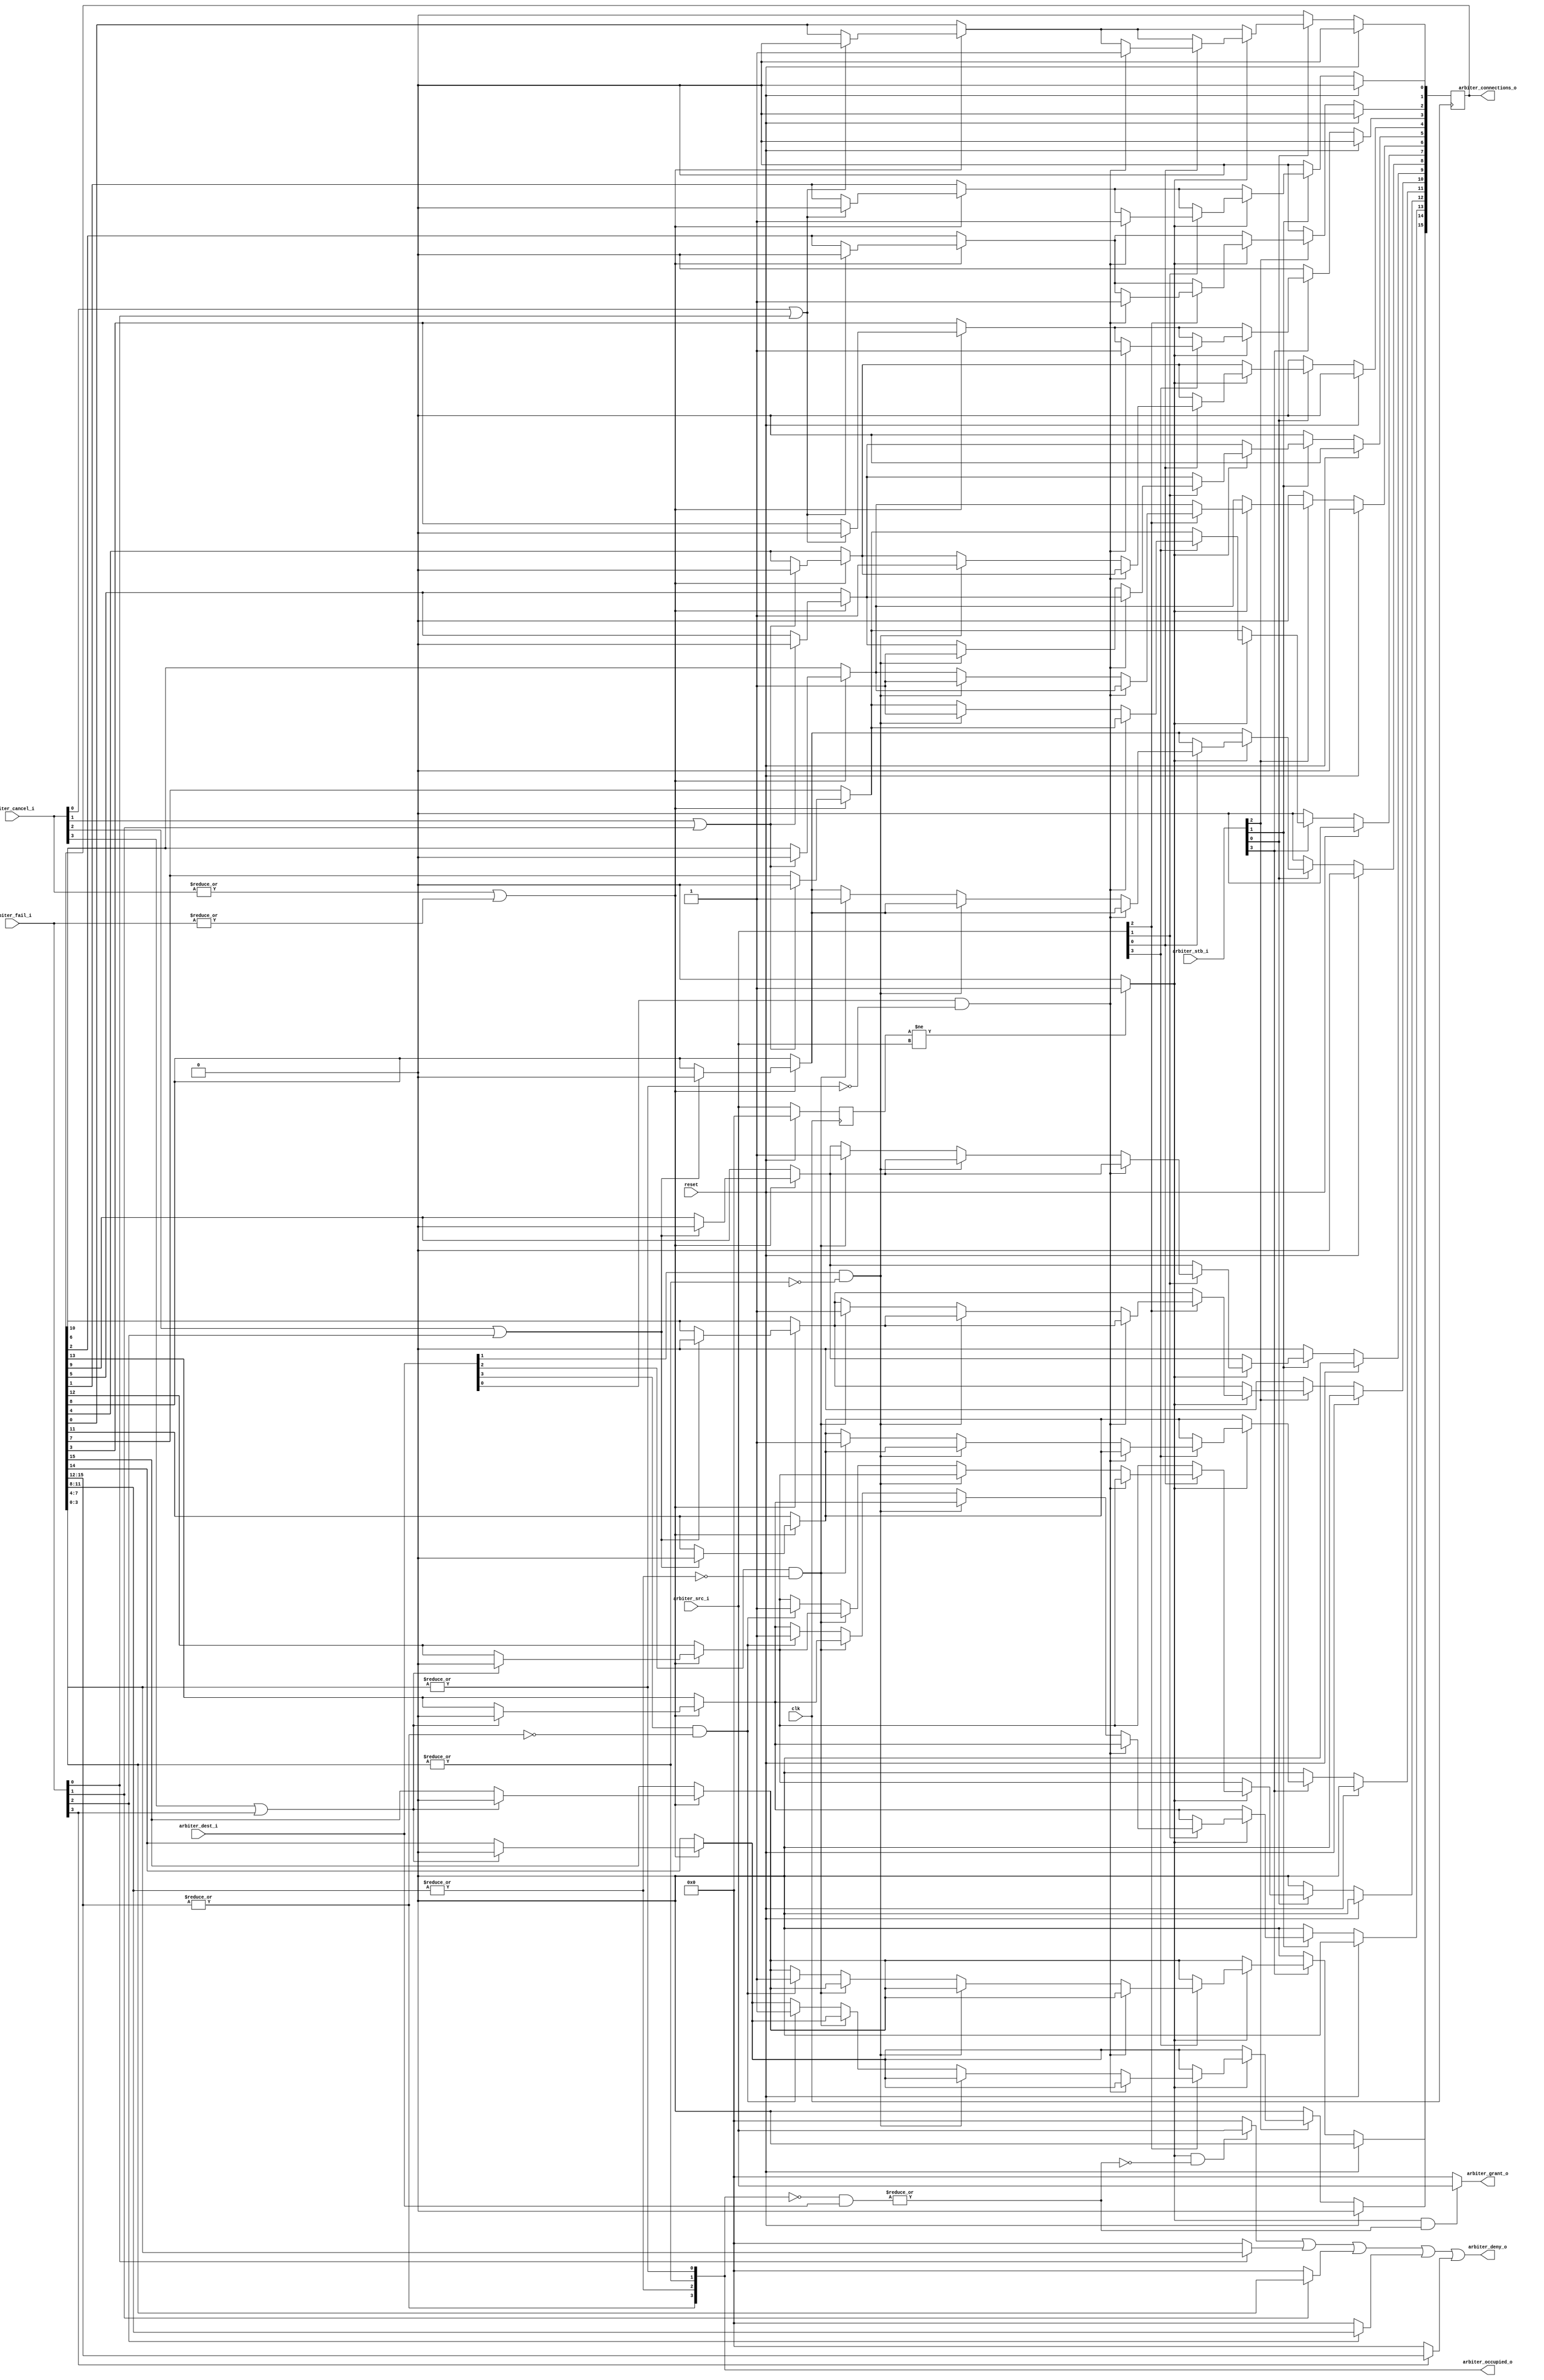
`timescale 1ns / 10ps
 
module Arbiter
#(parameter	CONNECTIONW=16,PORTS=4)
(
//Inputs
input						clk,
input						reset,
input	[PORTS-1:0]			arbiter_stb_i,//
input	[PORTS-1:0]			arbiter_src_i,// 
input	[PORTS-1:0]			arbiter_dest_i,//
input	[PORTS-1:0]			arbiter_fail_i,//
input	[PORTS-1:0]			arbiter_cancel_i,// 
//Outputs
output	[PORTS-1:0]			arbiter_grant_o, // 
output	[PORTS-1:0]			arbiter_deny_o, // 
output	[CONNECTIONW-1:0]	arbiter_connections_o,  //  
output	[PORTS-1:0]			arbiter_occupied_o // 

);

reg		[PORTS-1:0]			src_r;
reg		[CONNECTIONW-1:0]	connections_r;

wire	[PORTS-1:0]			grant_int;
wire	[PORTS-1:0]			deny_src_int;
wire	[PORTS-1:0]			deny_int;
wire	[PORTS-1:0]			occupied_int;
wire						src_change_int;


//GET SRC_R
always@(posedge clk)
	if(reset)
		src_r<={PORTS{1'b0}};
	else
		src_r<=arbiter_src_i;

		
//GENETATE CONNECTIONS_R

always@(posedge clk)
	if(reset)
		connections_r<={CONNECTIONW{1'b0}};
	else
		begin
			//
			if((|arbiter_cancel_i)||(|arbiter_fail_i))
				begin
					if(arbiter_cancel_i[0]||arbiter_fail_i[0])//00 0-40
						connections_r[3:0]<=4'b0;
					if(arbiter_cancel_i[1]||arbiter_fail_i[1])
						connections_r[7:4]<=4'b0;
					if(arbiter_cancel_i[2]||arbiter_fail_i[2])
						connections_r[11:8]<=4'b0;
					if(arbiter_cancel_i[3]||arbiter_fail_i[3])
						connections_r[15:12]<=4'b0;
				end 
			
			//src_change_int
			if(src_change_int)
				begin
					if(arbiter_src_i[0])//0
						begin
							if(arbiter_dest_i[0]&&!occupied_int[0])//000connection 0 1
								connections_r[0]<=1'b1;
							else if(arbiter_dest_i[1]&&!occupied_int[1])//011connection 1 1
								connections_r[4]<=1'b1;
							else if(arbiter_dest_i[2]&&!occupied_int[2])
								connections_r[8]<=1'b1;
							else if(arbiter_dest_i[3]&&!occupied_int[3])
								connections_r[12]<=1'b1;						
						end
						
					if(arbiter_src_i[1])
						begin
							if(arbiter_dest_i[0]&&!occupied_int[0])
								connections_r[1]<=1'b1;
							else if(arbiter_dest_i[1]&&!occupied_int[1])
								connections_r[5]<=1'b1;
							else if(arbiter_dest_i[2]&&!occupied_int[2])
								connections_r[9]<=1'b1;
							else if(arbiter_dest_i[3]&&!occupied_int[3])
								connections_r[13]<=1'b1;							
						end
					
					if(arbiter_src_i[2])
						begin
							if(arbiter_dest_i[0]&&!occupied_int[0])
								connections_r[2]<=1'b1;
							else if(arbiter_dest_i[1]&&!occupied_int[1])
								connections_r[6]<=1'b1;
							else if(arbiter_dest_i[2]&&!occupied_int[2])
								connections_r[10]<=1'b1;
							else if(arbiter_dest_i[3]&&!occupied_int[3])
								connections_r[14]<=1'b1;
						end
					
					if(arbiter_src_i[3])
						begin
							if(arbiter_dest_i[0]&&!occupied_int[0])
								connections_r[3]<=1'b1;
							else if(arbiter_dest_i[1]&&!occupied_int[1])
								connections_r[7]<=1'b1;
							else if(arbiter_dest_i[2]&&!occupied_int[2])
								connections_r[11]<=1'b1;
							else if(arbiter_dest_i[3]&&!occupied_int[3])
								connections_r[15]<=1'b1;						
						end
										
				end
			
			//arbiter_stb_i
			if(!arbiter_stb_i[0])
				begin
					connections_r[0]<=1'b0;
					connections_r[4]<=1'b0;
					connections_r[8]<=1'b0;
					connections_r[12]<=1'b0;				
				end
			
			if(!arbiter_stb_i[1])
				begin
					connections_r[1]<=1'b0;
					connections_r[5]<=1'b0;
					connections_r[9]<=1'b0;
					connections_r[13]<=1'b0;
				end
				
			if(!arbiter_stb_i[2])
				begin
					connections_r[2]<=1'b0;
					connections_r[6]<=1'b0;
					connections_r[10]<=1'b0;
					connections_r[14]<=1'b0;
				end

			if(!arbiter_stb_i[3])
				begin
					connections_r[3]<=1'b0;
					connections_r[7]<=1'b0;
					connections_r[11]<=1'b0;
					connections_r[15]<=1'b0;
				end							
		end

//GENETATE	src_change_int
assign	src_change_int	=	(src_r != arbiter_src_i)?	1'b1:1'b0;

//GENETATE	occupied_int

assign	occupied_int	=	{	|{connections_r[15:12]},
								|{connections_r[11:8]},
								|{connections_r[7:4]},
								|{connections_r[3:0]}//01occupied_int01 0
							};

//GENETATE	grant_int5
assign	grant_int	=	(src_change_int && |((~occupied_int) & arbiter_dest_i))?	arbiter_src_i:{PORTS{1'b0}};
                                           //                  
//GENETATE	deny_src_int
assign	deny_src_int	=	(src_change_int && !(|((~occupied_int) & arbiter_dest_i)))?	arbiter_src_i:{PORTS{1'b0}};

//GENETATE deny_int
assign	deny_int	=	deny_src_int	|(arbiter_fail_i[0]?	connections_r[3:0]		:4'd0)
										|(arbiter_fail_i[1]?	connections_r[7:4]		:4'd0)
										|(arbiter_fail_i[2]?	connections_r[11:8]		:4'd0)
										|(arbiter_fail_i[3]?	connections_r[15:12]	:4'd0);




//GENETATE	Outputs
assign	arbiter_grant_o			=	grant_int;
assign	arbiter_deny_o			=	deny_int;
assign	arbiter_connections_o	=	connections_r;
assign	arbiter_occupied_o		=	occupied_int;






endmodule